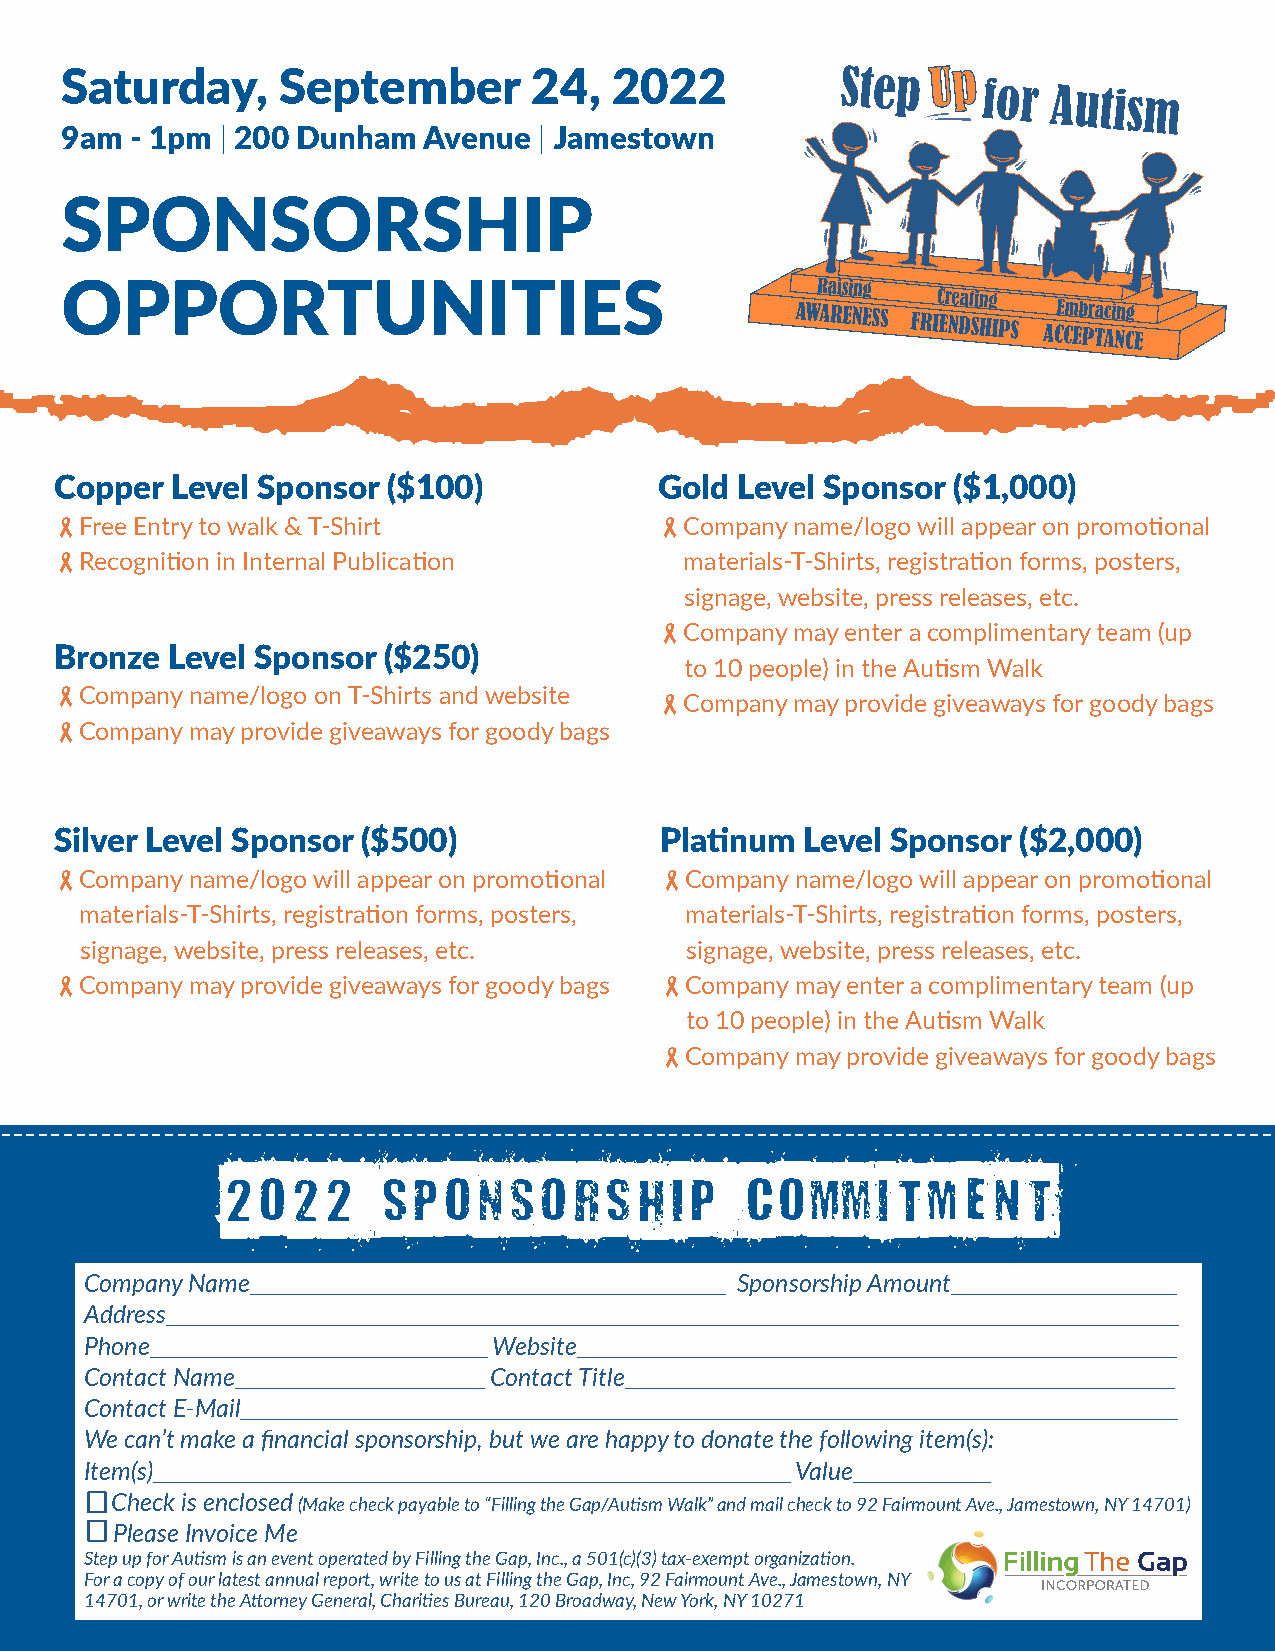
Bernard
 MT Condensed
 Saturday,      September       24,   2022
 9am  - 1pm | 200 Dunham Avenue  | Jamestown
 SPONSORSHIP
 OPPORTUNITIES
 Copper Level Sponsor  ($100)            Gold Level Sponsor ($1,000)
 -Free Entry to walk & T-Shirt           -Company name/logo will appear on promotional
 -Recognition in Internal Publication     materials-T-Shirts, registration forms, posters,
 signage, website, press releases, etc.
 -Company may enter a complimentary team (up
 Bronze Level Sponsor ($250)
 to 10 people) in the Autism Walk
 -Company name/logo on T-Shirts and website -Company may provide giveaways for goody bags
 -Company may provide giveaways for goody bags
 Silver Level Sponsor ($500)             Platinum Level Sponsor ($2,000)
 -Company name/logo will appear on promotional -Company name/logo will appear on promotional
 materials-T-Shirts, registration forms, posters, materials-T-Shirts, registration forms, posters,
 signage, website, press releases, etc.  signage, website, press releases, etc.
 -Company may provide giveaways for goody bags -Company may enter a complimentary team (up
 to 10 people) in the Autism Walk
 -Company may provide giveaways for goody bags
 -----------------------------------------------------------------------------------------------------
 2022      SPONSORSHIP             COMMITMENT
 Company Name______________________________________ Sponsorship Amount__________________
 Address_________________________________________________________________________________
 Phone___________________________ Website________________________________________________
 Contact Name____________________ Contact Title____________________________________________
 Contact E-Mail___________________________________________________________________________
 We can’t make a financial sponsorship, but we are happy to donate the following item(s):
 Item(s)___________________________________________________ Value___________
 Check is enclosed (Make check payable to “Filling the Gap/Autism Walk” and mail check to 92 Fairmount Ave., Jamestown, NY 14701)
 Please Invoice Me
 Step up for Autism is an event operated by Filling the Gap, Inc., a 501(c)(3) tax-exempt organization.
 For a copy of our latest annual report, write to us at Filling the Gap, Inc, 92 Fairmount Ave., Jamestown, NY
 14701, or write the Attorney General, Charities Bureau, 120 Broadway, New York, NY 10271